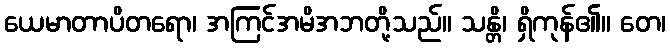
ယေမာတာပိတရော၊ အကြင်အမိအဘတို့သည်။ သန္တိ၊ ရှိကုန်၏။ တေ၊